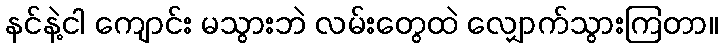
နင်နဲ့ငါ ကျောင်း မသွားဘဲ လမ်းတွေထဲ လျှောက်သွားကြတာ။